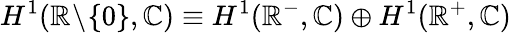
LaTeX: H^{1}(\mathbb{R}\! \setminus\! \{ 0\} ,\mathbb{C})\equiv H^{1}(\mathbb{R}^{-},\mathbb{C})\oplus H^{1}(\mathbb{R}^{+},\mathbb{C})